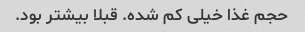
حجم غذا خیلی کم شده. قبلا بیشتر بود.